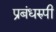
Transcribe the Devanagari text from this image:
प्रबंधरुपी